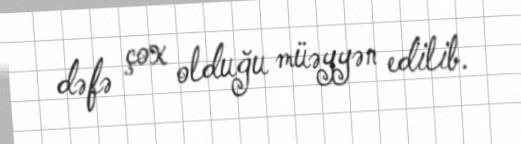
dəfə çox olduğu müəyyən edilib.